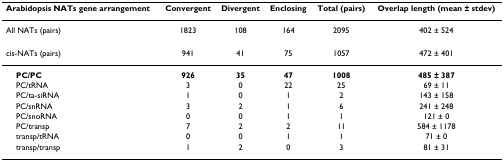
<table><thead><tr><td><b>Arabidopsis NATs gene arrangement</b></td><td><b>Convergent</b></td><td><b>Divergent</b></td><td><b>Enclosing</b></td><td><b>Total (pairs)</b></td><td><b>Overlap length (mean ± stdev)</b></td></tr></thead><tbody><tr><td>All NATs (pairs)</td><td>1823</td><td>108</td><td>164</td><td>2095</td><td>402 ± 524</td></tr><tr><td>cis-NATs (pairs)</td><td>941</td><td>41</td><td>75</td><td>1057</td><td>472 ± 401</td></tr><tr><td> <b>PC/PC</b></td><td><b>926</b></td><td><b>35</b></td><td><b>47</b></td><td><b>1008</b></td><td><b>485 ± 387</b></td></tr><tr><td> PC/tRNA</td><td>3</td><td>0</td><td>22</td><td>25</td><td>69 ± 11</td></tr><tr><td> PC/ta-siRNA</td><td>1</td><td>0</td><td>1</td><td>2</td><td>143 ± 158</td></tr><tr><td> PC/snRNA</td><td>3</td><td>2</td><td>1</td><td>6</td><td>241 ± 248</td></tr><tr><td> PC/snoRNA</td><td>0</td><td>0</td><td>1</td><td>1</td><td>121 ± 0</td></tr><tr><td> PC/transp</td><td>7</td><td>2</td><td>2</td><td>11</td><td>584 ± 1178</td></tr><tr><td> transp/tRNA</td><td>0</td><td>0</td><td>1</td><td>1</td><td>71 ± 0</td></tr><tr><td> transp/transp</td><td>1</td><td>2</td><td>0</td><td>3</td><td>81 ± 31</td></tr></tbody></table>